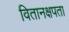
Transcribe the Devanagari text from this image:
वितानक्षपता